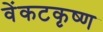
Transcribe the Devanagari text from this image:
वेंकटकृष्ण